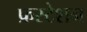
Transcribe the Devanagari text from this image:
फ्रस्टेशन